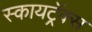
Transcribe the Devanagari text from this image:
स्कायट्रॅक्स